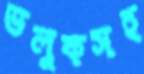
ভলুকসহ